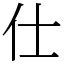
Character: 仕